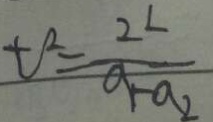
t ^ { 2 } = \frac { 2 L } { a _ { 1 } - a _ { 2 } }